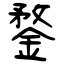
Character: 鍪